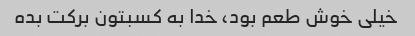
خیلی خوش طعم بود، خدا به کسبتون برکت بده